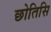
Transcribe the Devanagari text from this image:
छोतिसि